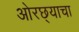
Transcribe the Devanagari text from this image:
ओरछ्याचा